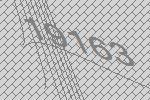
19163